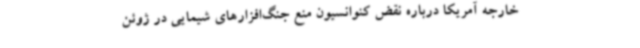
خارجه آمریکا درباره نقض کنوانسیون منع جنگ‌افزارهای شیمایی در ژوئن